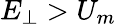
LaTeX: E_{\perp}>U_{m}